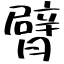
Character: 臂